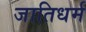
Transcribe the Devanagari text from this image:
जातिधर्म